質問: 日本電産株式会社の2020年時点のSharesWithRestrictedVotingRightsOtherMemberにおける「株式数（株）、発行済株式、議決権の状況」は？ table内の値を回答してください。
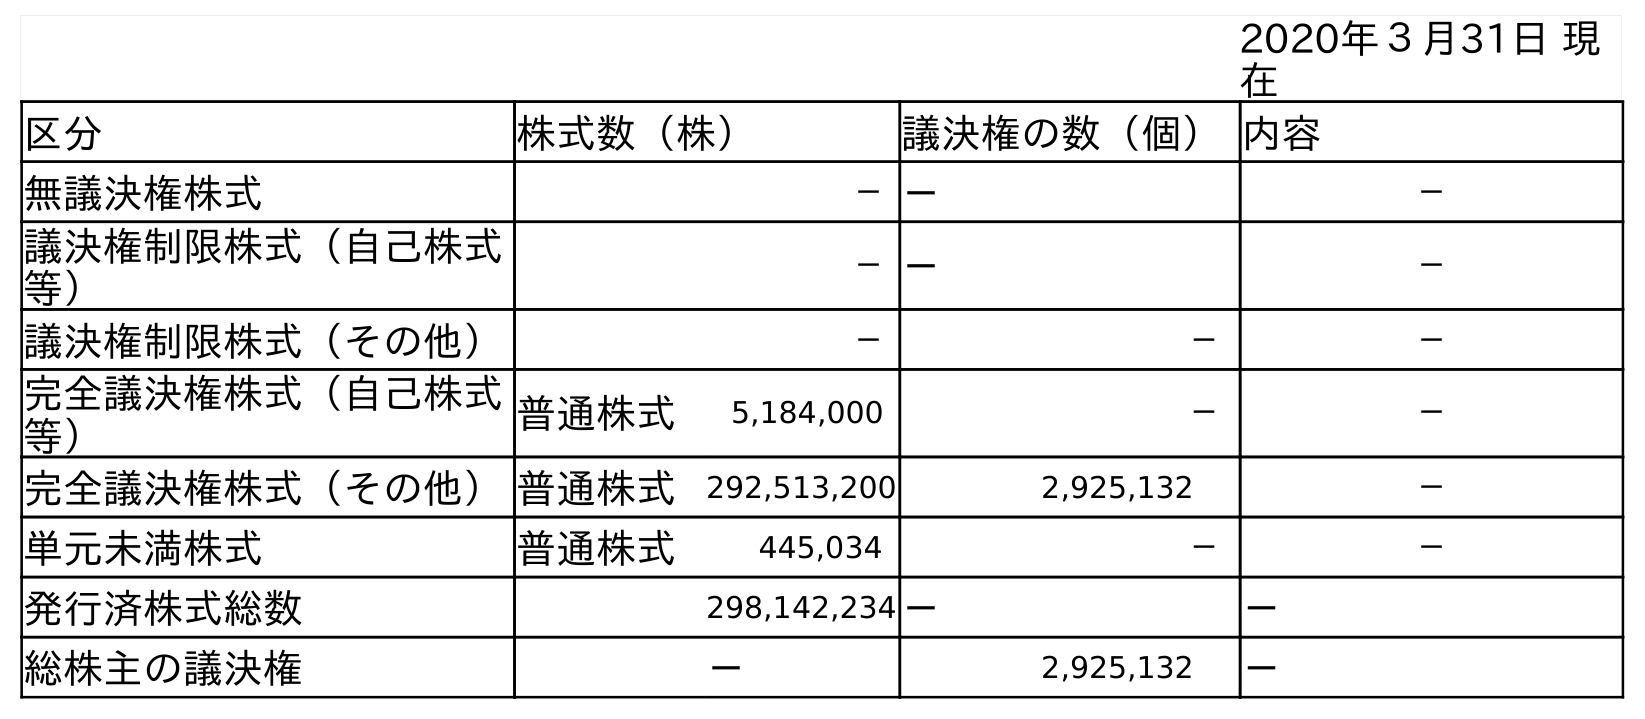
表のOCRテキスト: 2020年３月31日 現 在 区分 株式数（株） 議決権の数（個）内容 無議決権株式 －－ － 議決権制限株式（自己株式 等） －－ － 議決権制限株式（その他） － － － 完全議決権株式（自己株式 等） 普通株式 5,184,000 － － 完全議決権株式（その他）普通株式 292,513,200 2,925,132 － 単元未満株式 普通株式 445,034 － － 発行済株式総数 298,142,234－ － 総株主の議決権 － 2,925,132 －
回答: －